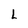
Character: L